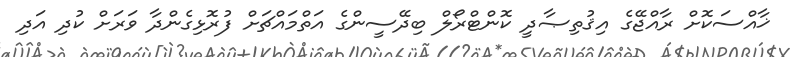
ޚާއްސަކޮށް ރާއްޖޭގެ އިޤުތިޞާދީ ކޮންޓްރޯލް ބިދޭސީންގެ އަތްމައްޗަށް ފުރޮޅިގެންދާ ވަަރަށް ކުދި އަދި